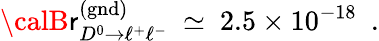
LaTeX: {\calB}\mathsf{r}_{D^{0}\to\ell^{+}\ell^{-}}^{\mathrm{{(gnd)}}}\ \simeq\ 2.5\times10^{-18}\ \ .